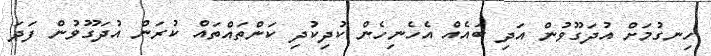
ހިނގުމަށް އުދަގޫވުން އަދި ބައެއް އެހެނިހެން ކުދިކުދި ކަންތައްތައް ކުރަން އުދަގޫވުން ފަދަ